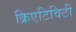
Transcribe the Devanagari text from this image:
क्रिएटिविटी